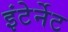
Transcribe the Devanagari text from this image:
इंटेर्नेट